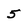
Character: 5